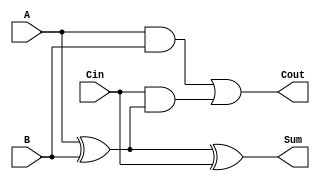
module low_power_full_adder (
    input wire A,      // First input bit
    input wire B,      // Second input bit
    input wire Cin,    // Carry-in bit
    output wire Sum,   // Sum output
    output wire Cout   // Carry-out output
);

// Internal signals
wire A_xor_B;

// Calculate Sum = A  B  Cin
assign A_xor_B = A ^ B;         // Intermediate XOR for A and B
assign Sum = A_xor_B ^ Cin;     // Final Sum calculation

// Calculate Cout = (A AND B) OR (Cin AND (A  B))
assign Cout = (A & B) | (Cin & A_xor_B); 

endmodule